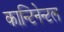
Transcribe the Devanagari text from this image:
कान्टिनेन्टल